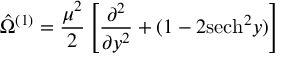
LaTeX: \hat { \Omega } ^ { ( 1 ) } = \frac { \mu ^ { 2 } } { 2 } \left[ \frac { \partial ^ { 2 } } { \partial y ^ { 2 } } + ( 1 - 2 \mathrm { s e c h } ^ { 2 } y ) \right]